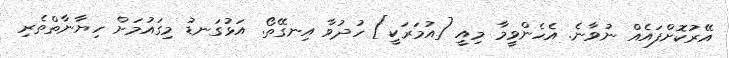
އޭރުކޮށްފައެއް ނުވާނެ. އެހެންވީމާ މިއީ [އުމަރަކީ] ހުދުވާ އިނގޭތޯ. އަޅުގަނޑު މިގައުމަށް ހިޔާނާތްތެރި